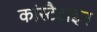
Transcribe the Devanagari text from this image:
कांस्टैटाइन